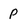
Character: P